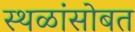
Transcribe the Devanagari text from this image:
स्थळांसोबत